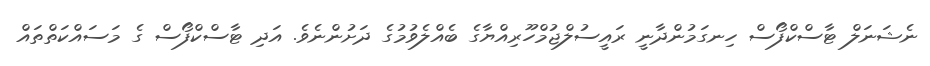
ނެޝަނަލް ޓާސްކްފޯސް ހިނގަމުންދާނީ ރައީސުލްޖުމްހޫރިއްޔާގެ ބެއްލެވުމުގެ ދަށުންނެވެ. އަދި ޓާސްކްފޯސް ގެ މަސައްކަތްތައް